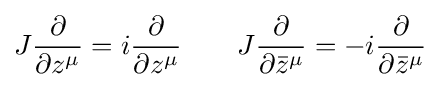
J{\frac {\partial }{\partial z^{\mu }}}=i{\frac {\partial }{\partial z^{\mu }}}\qquad J{\frac {\partial }{\partial {\bar {z}}^{\mu }}}=-i{\frac {\partial }{\partial {\bar {z}}^{\mu }}}